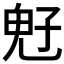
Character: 𩲇